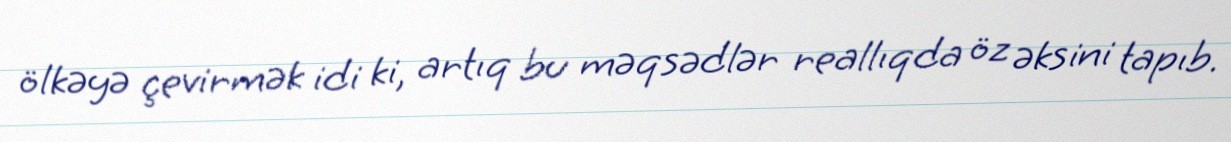
ölkəyə çevirmək idi ki, artıq bu məqsədlər reallıqda öz əksini tapıb.